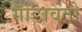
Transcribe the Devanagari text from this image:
गोडावतो